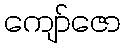
ကျော်ဇော